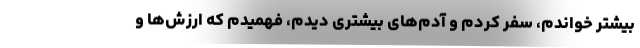
بیشتر خواندم، سفر کردم و آدم‌های بیشتری دیدم، فهمیدم که ارزش‌ها و